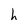
Character: h